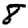
Digit: 8